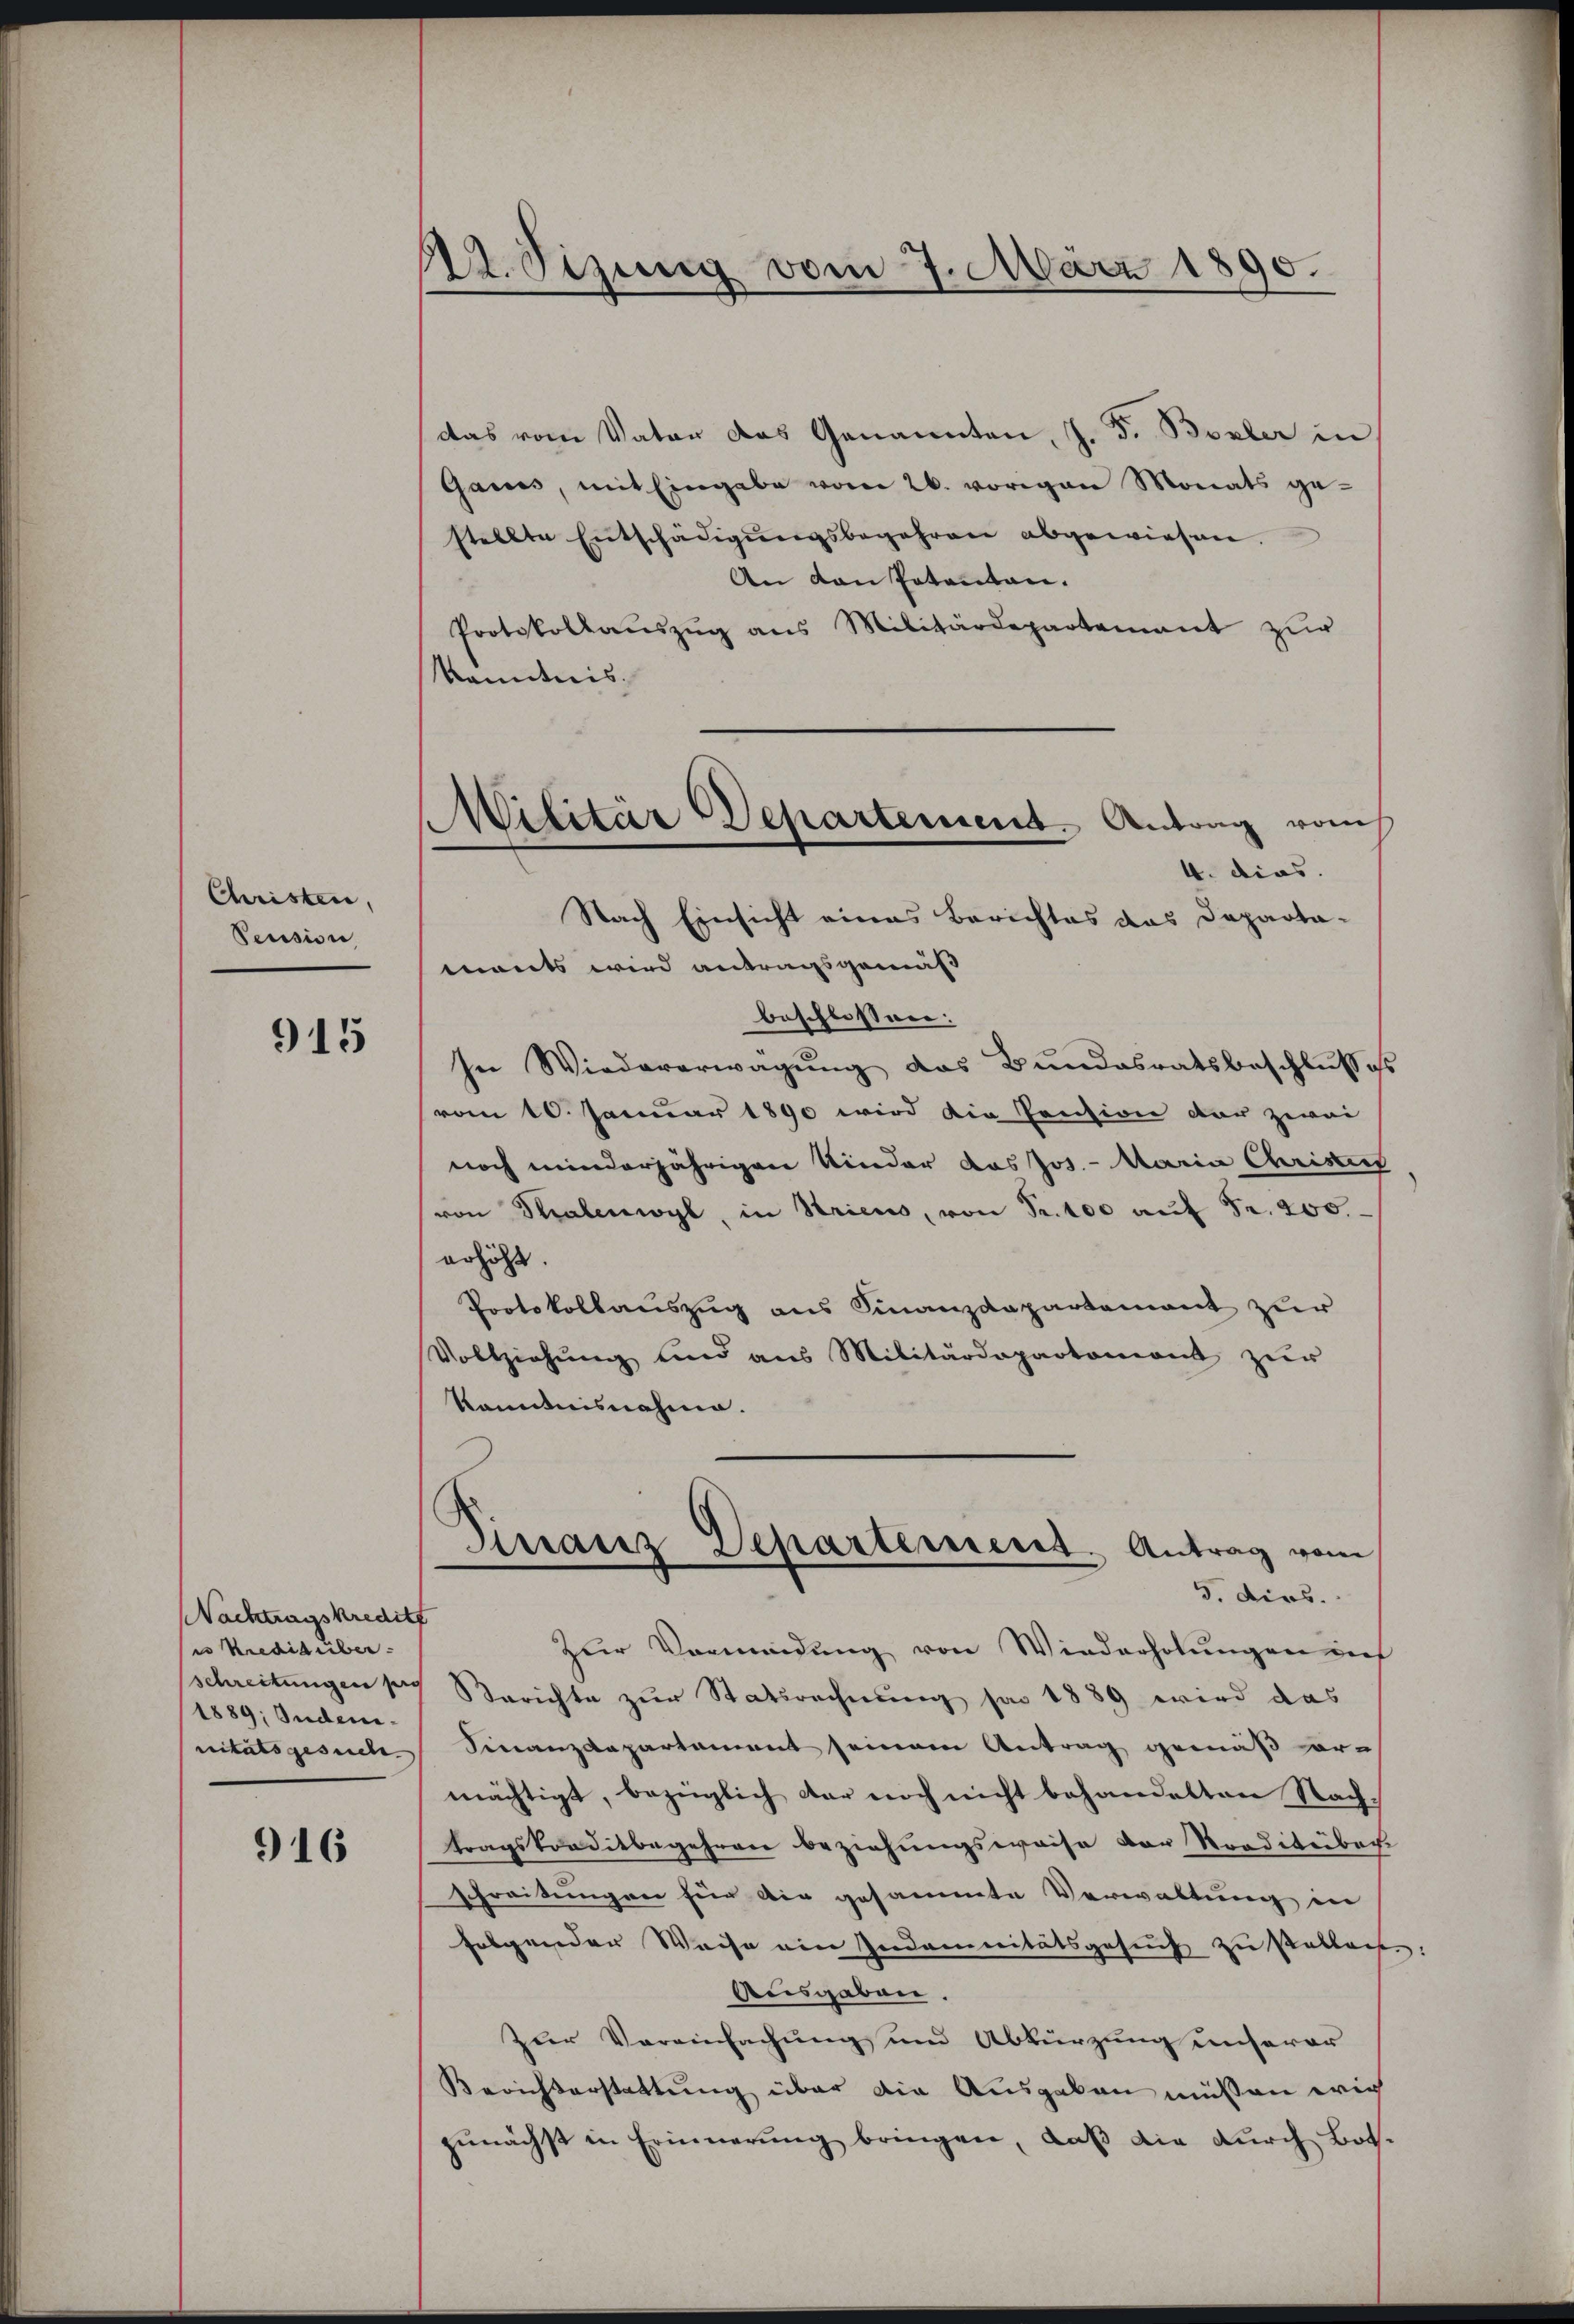
Christen,
Pension

915

Nachtragskredit
e Kreditüber-
1889; Suden¬

916

dt. Sizung vom 7. März 1890.

Militär Departement. Antrag vom
4. dies
Nach Einsicht eines Berichtes das Departa-

das vom Vater das Genannten, J. F. Boxler in
Gares, mit Eingabe vom 26. vorigen Monats ge-
stellte Entschädigŭngsbegehren abgewiesen.
An den Petenten.
Protokollaŭszŭg ans Militärdepartement zur
kanntnis
mants wird antragsgemäß
beschlossen:
In Wiedererwägung das Bundesratsbeschlusses
vom 10. Januar 1890 wird die Pension der zwei
noch minderjährigen Kinder das Jos. - Maria Christi
von Stralenwyl, in Stricus, von Fr. 400 auf Fr. 200.
erhöht.
Protokollauszug aus Finanzdepartement zur
Vollziehŭng und ans Militärdepartement zŭr
kanntnisnahme.
Finanz-Departement. Antrag vom
3. dies.
zur Vormündung von Wiederholungen auf
schreitungen sich Berichte zur Statsrechnung jar 1889 wird das
nitätsgesuche Finanzdepartament seinem Antrag gemäß vor-
mächtigt, bezüglich der noch nicht behandelten Nachtragskonditbegehren beziehungsweise der Traditibach
Schreitungen für die gesammte Verwaltung in
folgender Weise ein Indemnitätsgesuch zu sollen.
Ausgaben.
Zur Vereinfachung und Abkürzung unserer
Berichterstattung über die Ausgaben müßen wie
zŭnächst in Erinnerung bringen, daß die durch Bot.